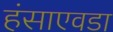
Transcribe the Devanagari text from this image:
हंसाएवडा